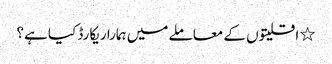
٭ اقلیتوں کے معاملے میں ہمارا ریکارڈ کیا ہے؟